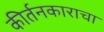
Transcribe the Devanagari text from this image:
कीर्तनकाराचा